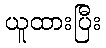
ယူထားပြီး